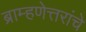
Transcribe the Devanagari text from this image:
ब्राम्हणेत्तरांचे